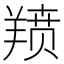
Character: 𫅗